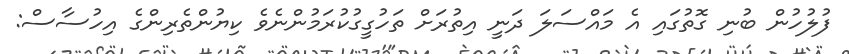
ފުލުހުން ބުނި ގޮތުގައި އެ މައްސަލަ ދަނީ އިތުރަށް ތަހުގީގުކުރަމުންނެވެ ކިޔުންތެރިންގެ އިހުސާސް: